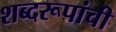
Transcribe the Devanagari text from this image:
शब्दरूपांची